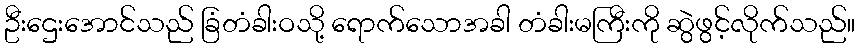
ဦးဌေးအောင်သည် ခြံတံခါးဝသို့ ရောက်သောအခါ တံခါးမကြီးကို ဆွဲဖွင့်လိုက်သည်။